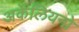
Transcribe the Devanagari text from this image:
अर्केलियनो